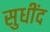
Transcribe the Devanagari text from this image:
सुधींद